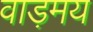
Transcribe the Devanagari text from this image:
वाड़मय